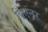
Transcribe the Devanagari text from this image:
विएनर